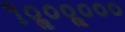
૧૦ૢ૦૦ૢ૦૦૦